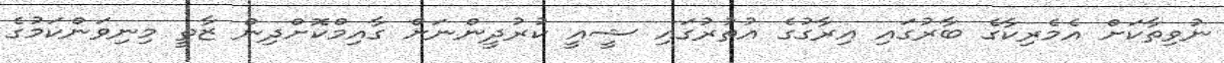
ނުވިތާކަށް އެމެރިކާގެ ބާރުގައި އިރާގުގެ އުތުރުގައި ޝީއީ ކުރުދީންނަށް ގާއިމްކޮށްދިން ޒާތީ މިނިވަންކަމުގެ